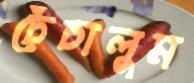
চেঁচালুম